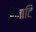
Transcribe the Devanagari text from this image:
रेनाटि